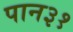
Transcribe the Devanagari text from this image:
पान३१